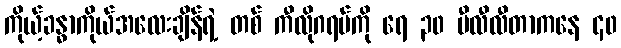
ကိုယ့်ခန္ဓာကိုယ်အလေးချိန်ရဲ့ တစ် ကီလိုဂရမ်ကို ရေ ၃၀ မီလီလီတာကနေ ၄၀